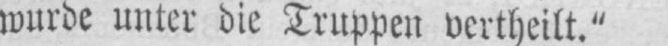
wurde unter die Truppen vertheilt.“